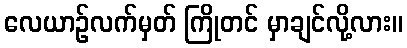
လေယာဉ်လက်မှတ် ကြိုတင် မှာချင်လို့လား။